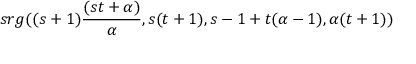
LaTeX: s r g ( ( s + 1 ) { \frac { ( s t + \alpha ) } { \alpha } } , s ( t + 1 ) , s - 1 + t ( \alpha - 1 ) , \alpha ( t + 1 ) )